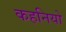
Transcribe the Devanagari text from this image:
कहनियो